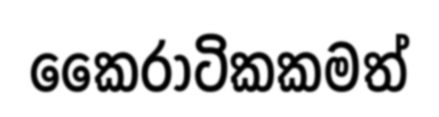
කෛරාටිකකමත්